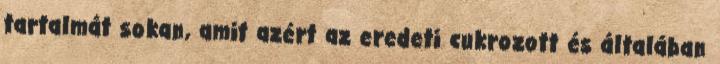
tartalmát sokan, amit azért az eredeti cukrozott és általában